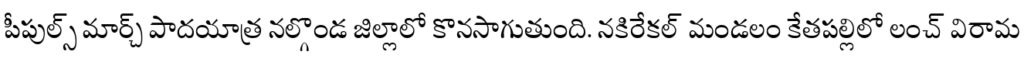
పీపుల్స్ మార్చ్ పాదయాత్ర నల్గొండ జిల్లాలో కొనసాగుతుంది. నకిరేకల్ మండలం కేతపల్లిలో లంచ్ విరామ